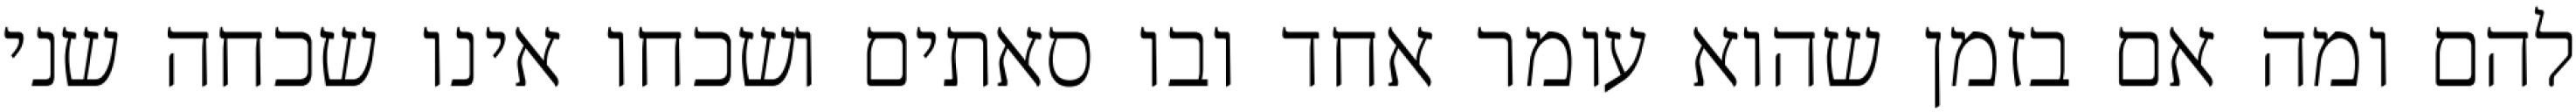
להם ומה אם בזמן שהוא עומר אחד ובו סאתים ושכחו אינו שכחה שני